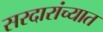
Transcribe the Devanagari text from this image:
सरदारांच्यात